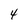
Character: 4